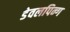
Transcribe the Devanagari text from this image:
डेवलपिन्ग